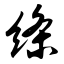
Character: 绦